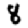
Digit: 8